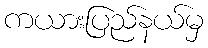
ကယားပြည်နယ်မှ